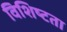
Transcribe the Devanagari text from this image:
विशिष्‍टता